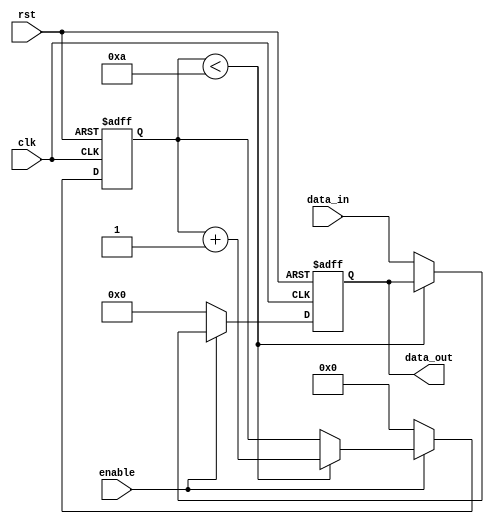
module BufferDelay #(
    parameter INPUT_WIDTH = 8, // Input signal width
    parameter DELAY_LENGTH = 10 // Delay length
)(
    input wire clk, // Clock signal
    input wire rst, // Reset signal
    input wire enable, // Control signal to enable/disable the buffer delay
    input wire [INPUT_WIDTH-1:0] data_in, // Input data signal
    output reg [INPUT_WIDTH-1:0] data_out // Output delayed data signal
);

reg [DELAY_LENGTH-1:0] delay_counter;

always @(posedge clk or posedge rst) begin
    if (rst) begin
        delay_counter <= 0;
        data_out <= 0;
    end else begin
        if (enable) begin
            if (delay_counter < DELAY_LENGTH) begin
                delay_counter <= delay_counter + 1;
            end else begin
                data_out <= data_in;
            end
        end else begin
            delay_counter <= 0;
            data_out <= 0;
        end
    end
end

endmodule